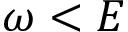
\omega < E